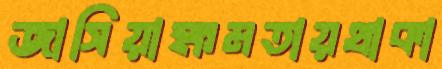
জাসিয়াক্ষমতায়থাকা